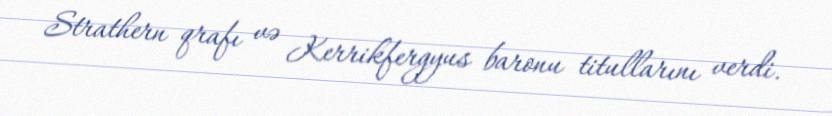
Strathern qrafı və Kerrikfergyus baronu titullarını verdi.